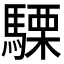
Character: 𮪕